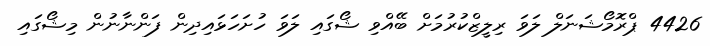
4426 ޕްރޮމޯޝަނަލް ލަވަ ރިލީޒްކުރުމަށް ބޭއްވި ޝޯގައި ލަވަ ހުށަހަޅައިދިން ފަންނާނުން މިޝޯގައި